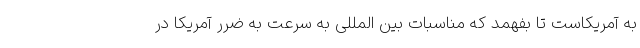
به آمریکاست تا بفهمد که مناسبات بین المللی به سرعت به ضرر آمریکا در